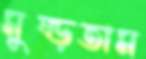
মুষ্‌ড়তাম